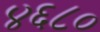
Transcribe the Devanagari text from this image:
४६८०